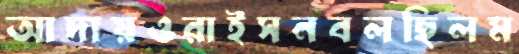
আদায়ওরাইসনবলছিলম